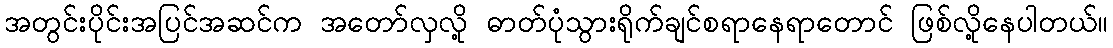
အတွင်းပိုင်းအပြင်အဆင်က အတော်လှလို့ ဓာတ်ပုံသွားရိုက်ချင်စရာနေရာတောင် ဖြစ်လို့နေပါတယ်။